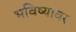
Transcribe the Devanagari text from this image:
भविष्यावर